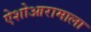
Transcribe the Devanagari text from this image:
ऐशोआरामाला